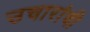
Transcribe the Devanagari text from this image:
उचारांची